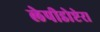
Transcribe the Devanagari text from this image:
लेपीडोप्टेरा